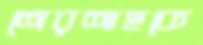
শেরশাহকে